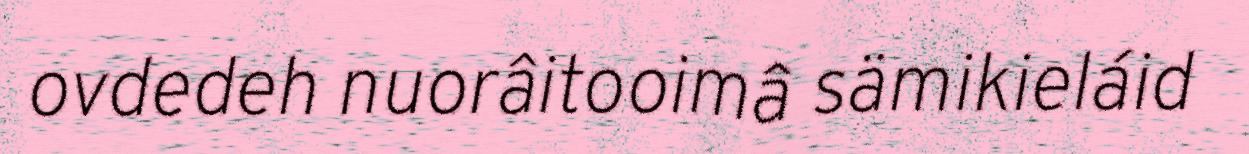
ovdedeh nuorâitooimâ sämikieláid